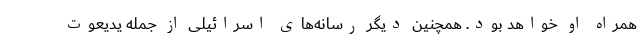
همراه او خواهد بود. همچنین دیگر رسانه‌های اسرائیلی از جمله یدیعوت